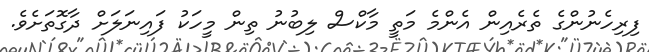
ފިރިހެނުންގެ ތެރެއިން އެންމެ މަތީ މާކްސް ލިބުނު ތިން މީހަކު ފައިނަލަށް ދާގޮތަށެވެ.